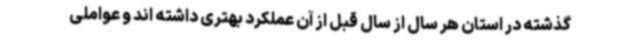
گذشته در استان هر سال از سال قبل از آن عملکرد بهتری داشته اند و عواملی